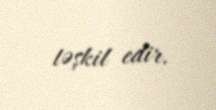
təşkil edir.